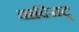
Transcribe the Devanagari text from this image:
वादिराट्